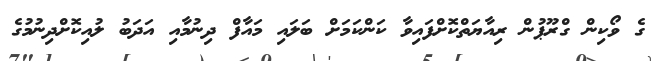
ގެ ވޯކިން ގްރޫޕުން ރިއާޔަތްކޮށްފައިވާ ކަންކަމަށް ބަލައި މައާފް ދިނުމާއި އަދަބު ލުއިކޮށްދިނުމުގެ